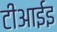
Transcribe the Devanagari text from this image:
टीआईइ